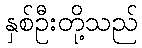
နှစ်ဦးတို့သည်